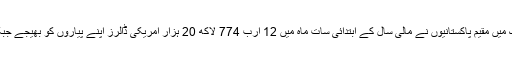
قومی بینک دولت پاکستان کی جانب سے جاری ہونے والے اعداد و شمار میں بتایا گیا تھا کہ بیرون ملک میں مقیم پاکستانیوں نے مالی سال کے ابتدائی سات ماہ میں 12 ارب 774 لاکھ 20 ہزار امریکی ڈالرز اپنے پیاروں کو بھیجے جبکہ گزشتہ برس اسی مدت میں گیارہ ارب اڑتیس کروڑ چونتیس لاکھ ستر ہزار روپے بھیجے گئے تھے۔